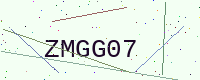
Text: ZMGG07